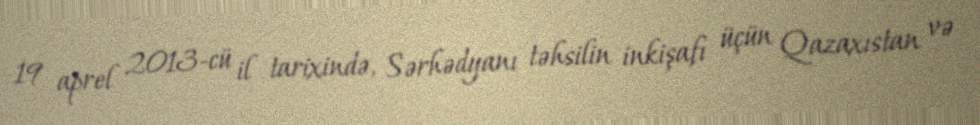
19 aprel 2013-cü il tarixində, Sərhədyanı təhsilin inkişafı üçün Qazaxıstan və